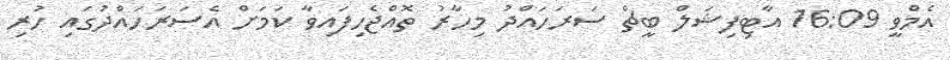
އެމްވީ 16:09 އާޓިފިޝަލް ބީޗް ސަރަހައްދު މިހާރު ތޮއްޖެހިފައިވާ ކަމަށް އެސަރަހައްދުގައި ހުރި